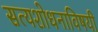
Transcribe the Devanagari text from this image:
सत्यशोधनाविषयी